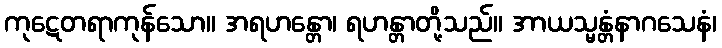
ကုဋေတရာကုန်သော။ အရဟန္တော၊ ရဟန္တာတို့သည်။ အာယသ္မန္တံနာဂသေနံ၊